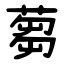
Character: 蒭